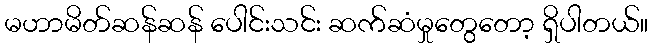
မဟာမိတ်ဆန်ဆန် ပေါင်းသင်း ဆက်ဆံမှုတွေတော့ ရှိပါတယ်။